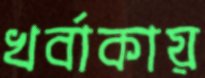
খর্বাকায়